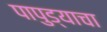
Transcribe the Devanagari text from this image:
पापुड्याचा